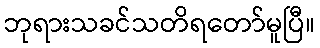
ဘုရားသခင်သတိရတော်မူပြီ။